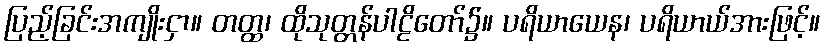
ပြည့်ခြင်းအကျိုးငှာ။ တတ္ထ၊ ထိုသုတ္တန်ပါဠိတော်၌။ ပရိယာယေန၊ ပရိယာယ်အားဖြင့်။